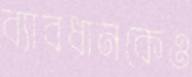
ব্যাবধানকেও